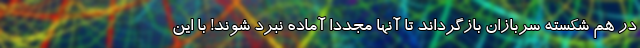
در هم شکسته سربازان بازگرداند تا آنها مجددا آماده نبرد شوند! با این